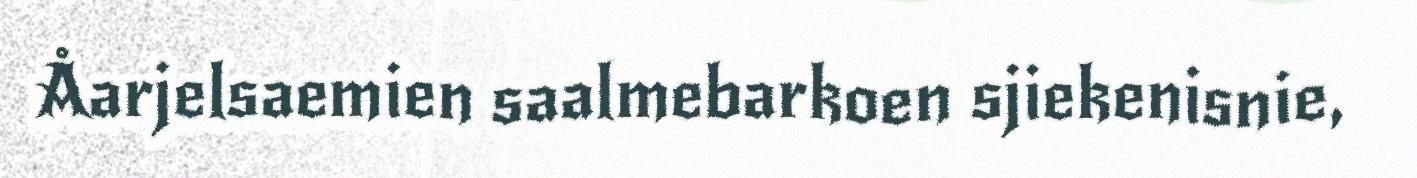
Åarjelsaemien saalmebarkoen sjiekenisnie,